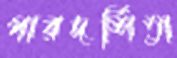
পারদর্শিতা